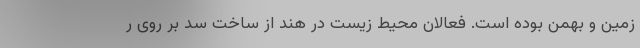
زمین و بهمن بوده است. فعالان محیط زیست در هند از ساخت سد بر روی ر